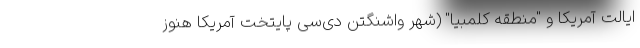
ایالت آمریکا و "منطقه کلمبیا" (شهر واشنگتن دی‌سی پایتخت آمریکا هنوز